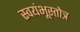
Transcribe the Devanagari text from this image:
स्वयंभूस्तोत्र